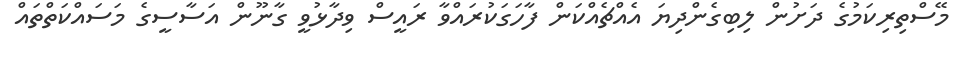
މޭސްތިރިކަމުގެ ދަށުން ލިބިގެންދިޔަ އެއްޗެއްކަން ފާހަގަކުރައްވާ ރައީސް ވިދާޅުވީ ގާނޫން އަސާސީގެ މަސައްކަތްތައް